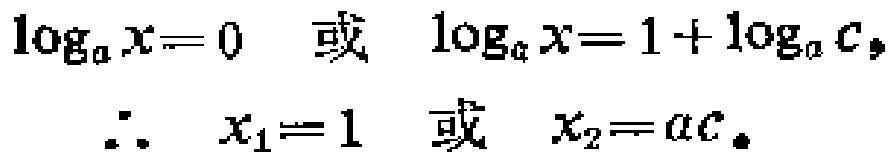
\(\log_{a}x = 0 \ \ 或 \ \ \log_{a}x = 1 + \log_{a}c,\)
\(\therefore \ \ x_{1} = 1 \ \ 或 \ \ x_{2} = ac.\)